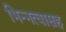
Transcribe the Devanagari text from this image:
भिन्नत्वासह